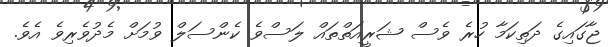
ޖާގައިގެ ދަތިކަމާ ހުރެ ވެސް ޝަރީއަތްތައް ލަސްވެ ކެންސަލް ވުމަށް މެދުވެރިވެ އެވެ.